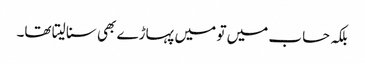
بلکہ حساب میں تو میں پہاڑے بھی سنا لیتا تھا۔